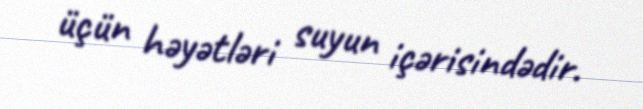
üçün həyətləri suyun içərisindədir.